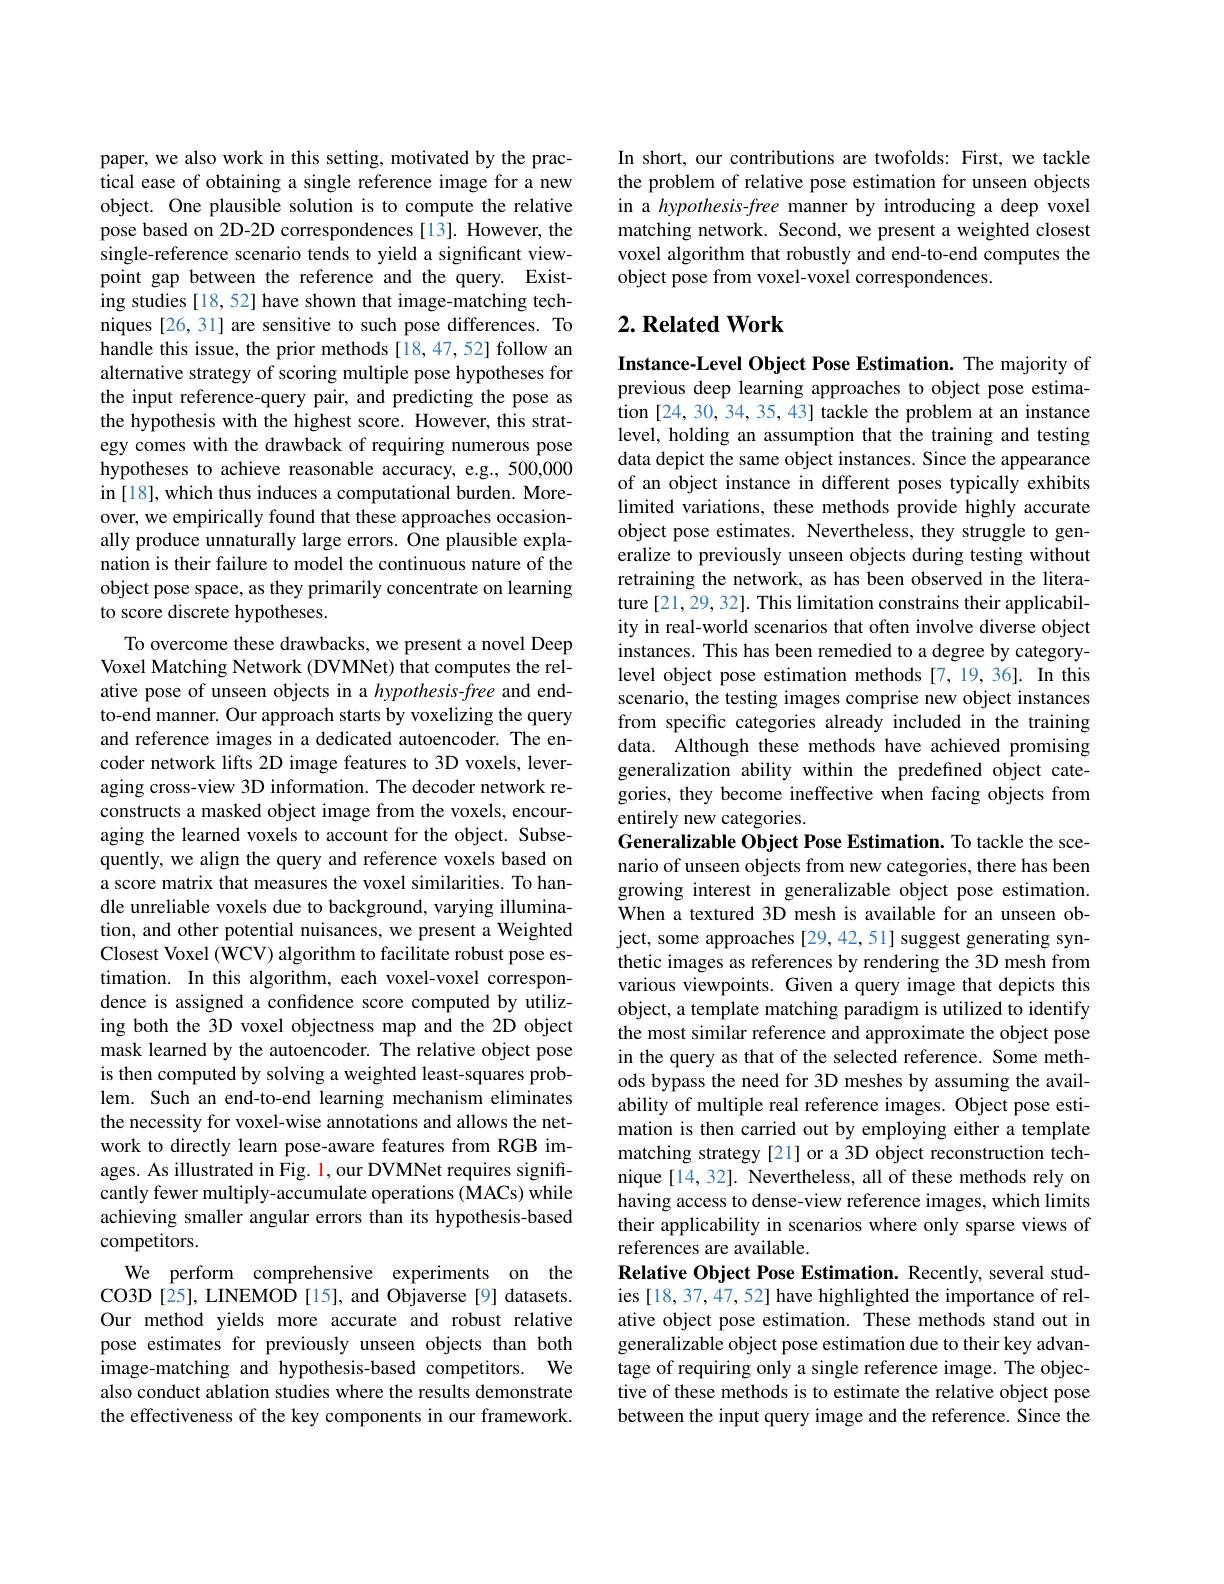
paper, we also work in this setting, motivated by the practical ease of obtaining a single reference image for a new object. One plausible solution is to compute the relative pose based on 2D-2D correspondences [13]. However, the single-reference scenario tends to yield a significant viewpoint gap between the reference and the query. Existing studies [18, 52] have shown that image-matching techniques [26, 31] are sensitive to such pose differences. To handle this issue, the prior methods [18,47,52] follow an alternative strategy of scoring multiple pose hypotheses for the input reference-query pair, and predicting the pose as the hypothesis with the highest score. However, this strategy comes with the drawback of requiring numerous pose hypotheses to achieve reasonable accuracy, e.g., 500,000 in [18], which thus induces a computational burden. Moreover, we empirically found that these approaches occasionally produce unnaturally large errors. One plausible explanation is their failure to model the continuous nature of the object pose space, as they primarily concentrate on learning to score discrete hypotheses.
To overcome these drawbacks, we present a novel Deep Voxel Matching Network (DVMNet) that computes the relative pose of unseen objects in a $hypothesis-free$ and endto-end manner. Our approach starts by voxelizing the query and reference images in a dedicated autoencoder. The encoder network lifts 2D image features to 3D voxels, leveraging cross-view 3D information. The decoder network reconstructs a masked object image from the voxels, encouraging the learned voxels to account for the object. Subsequently, we align the query and reference voxels based on a score matrix that measures the voxel similarities. To handle unreliable voxels due to background, varying illumination, and other potential nuisances, we present a Weighted Closest Voxel ($\hat{\mathrm{WCV}})$ algorithm to facilitate robust pose estimation. In this algorithm, each voxel-voxel correspondence is assigned a confidence score computed by utilizing both the 3D voxel objectness map and the 2D object mask learned by the autoencoder. The relative object pose is then computed by solving a weighted least-squares problem. Such an end-to-end learning mechanism eliminates the necessity for voxel-wise annotations and allows the network to directly learn pose-aware features from RGB images. As illustrated in Fig. 1, our DVMNet requires significantly fewer multiply-accumulate operations (MACs) while achieving smaller angular errors than its hypothesis-based competitors.
We perform comprehensive experiments on the CO3D[25], LINEMOD [15], and Objaverse[9] datasets. Our method yields more accurate and robust relative pose estimates for previously unseen objects than both image-matching and hypothesis-based competitors. We also conduct ablation studies where the results demonstrate the effectiveness of the key components in our framework.

In short, our contributions are twofolds: First, we tackle the problem of relative pose estimation for unseen objects in a hypothesis-free manner by introducing a deep voxel matching network. Second, we present a weighted closest voxel algorithm that robustly and end-to-end computes the object pose from voxel-voxel correspondences.

## $2. \textbf{ Related Work}$

Instance-Level Object Pose Estimation. The majority of previous deep learning approaches to object pose estimation [24, 30, 34, 35, 43] tackle the problem at an instance level, holding an assumption that the training and testing data depict the same object instances. Since the appearance of an object instance in different poses typically exhibits limited variations, these methods provide highly accurate object pose estimates. Nevertheless, they struggle to generalize to previously unseen objects during testing without retraining the network, as has been observed in the literature [21, 29, 32]. This limitation constrains their applicability in real-world scenarios that often involve diverse object instances. This has been remedied to a degree by categorylevel object pose estimation methods [7,19,36]. In this scenario, the testing images comprise new object instances from specific categories already included in the training data. Although these methods have achieved promising generalization ability within the predefined object categories, they become ineffective when facing objects from entirely new categories.
Generalizable Object Pose Estimation. To tackle the scenario of unseen objects from new categories, there has been growing interest in generalizable object pose estimation. When a textured 3D mesh is available for an unseen object, some approaches [29, 42, 51] suggest generating synthetic images as references by rendering the 3D mesh from various viewpoints. Given a query image that depicts this object, a template matching paradigm is utilized to identify the most similar reference and approximate the object pose in the query as that of the selected reference. Some methods bypass the need for 3D meshes by assuming the availability of multiple real reference images. Object pose estimation is then carried out by employing either a template matching strategy [21] or a 3D object reconstruction technique [14, 32]. Nevertheless, all of these methods rely on having access to dense-view reference images, which limits their applicability in scenarios where only sparse views of references are available.
Relative Object Pose Estimation. Recently, several studies [18, 37, 47, 52] have highlighted the importance of relative object pose estimation. These methods stand out in generalizable object pose estimation due to their key advantage of requiring only a single reference image. The objective of these methods is to estimate the relative object pose between the input query image and the reference. Since the